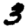
Digit: 3